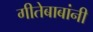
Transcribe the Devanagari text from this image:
गीतेबाबांनी